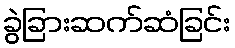
ခွဲခြားဆက်ဆံခြင်း